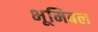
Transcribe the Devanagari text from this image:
भूमिबल